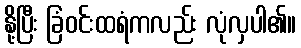
နို့ပြီး ခြံဝင်းထရံကလည်း လုံလှပါ၏။